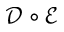
\mathcal D \circ \mathcal E